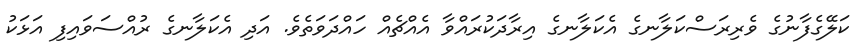
ކަލޭގެފާނުގެ ވެރިރަސްކަލާނގެ އެކަލާނގެ އިރާދަކުރައްވާ އެއްޗެއް ހައްދަވަތެވެ. އަދި އެކަލާނގެ ރުއްސަވައިފި އަޅަކު